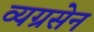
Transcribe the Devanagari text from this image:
व्यग्रसेन